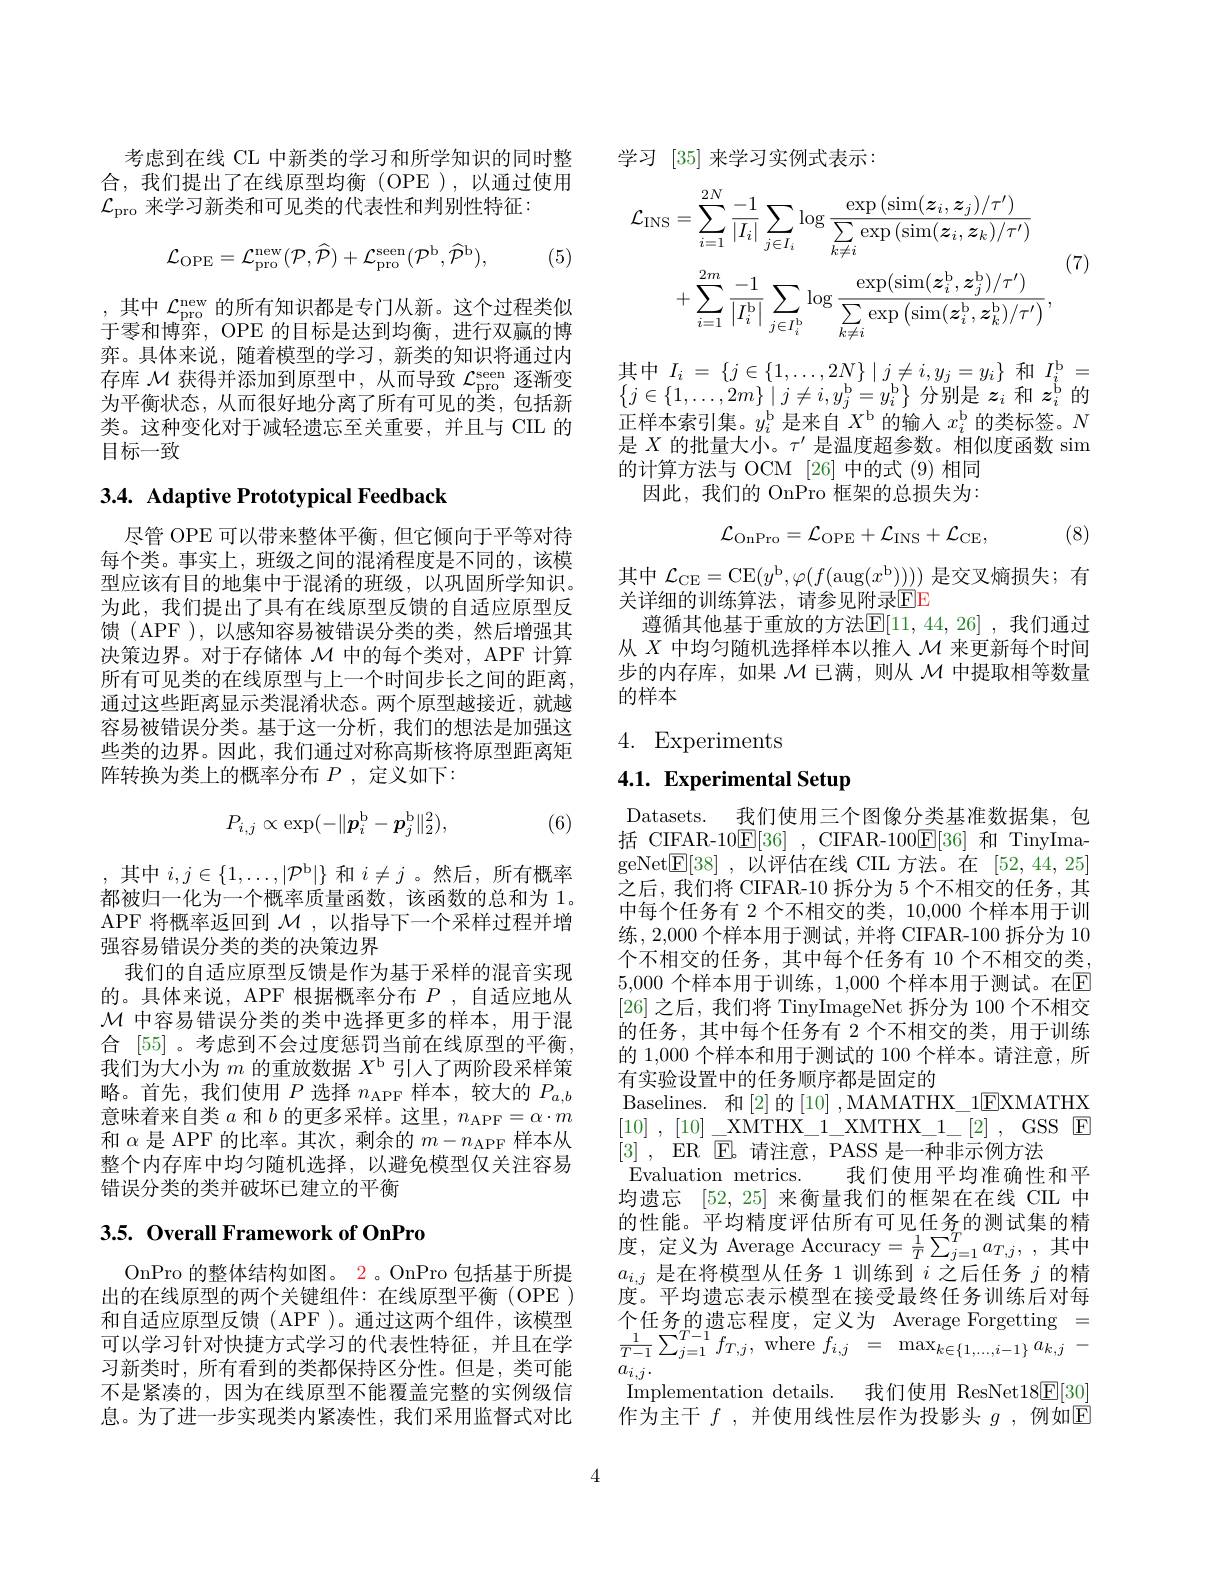
考虑到在线 CL 中新类的学习和所学知识的同时整合，我们提出了在线原型均衡(OPE),以通过使用$\mathcal{L}_{\mathrm{pro}}$来学习新类和可见类的代表性和判别性特征：
$$\mathcal{L}_{\mathrm{OPE}}=\mathcal{L}_{\mathrm{pro}}^{\mathrm{new}}(\mathcal{P},\widehat{\mathcal{P}})+\mathcal{L}_{\mathrm{pro}}^{\mathrm{seen}}(\mathcal{P}^{\mathrm{b}},\widehat{\mathcal{P}}^{\mathrm{b}}),$$
(5)

,其中 $\mathcal{L}_\mathrm{pro}^\mathrm{new}$ 的所有知识都是专门从新。这个过程类似于零和博弈，OPE 的目标是达到均衡，进行双赢的博弈。具体来说，随着模型的学习，新类的知识将通过内存库$\mathcal{M}$获得并添加到原型中，从而导致$\mathcal{L}_\mathrm{pro}^\mathrm{seen}$逐渐变为平衡状态，从而很好地分离了所有可见的类，包括新类。这种变化对于减轻遗忘至关重要，并且与 CIL 的目标一致

## 3.4. Adaptive Prototypical Feedback

尽管 OPE 可以带来整体平衡，但它倾向于平等对待每个类。事实上，班级之间的混淆程度是不同的，该模型应该有目的地集中于混淆的班级，以巩固所学知识。为此，我们提出了具有在线原型反馈的自适应原型反馈 (APF ),以感知容易被错误分类的类，然后增强其决策边界。对于存储体$\mathcal{M}$中的每个类对，APF 计算所有可见类的在线原型与上一个时间步长之间的距离， 通过这些距离显示类混淆状态。两个原型越接近，就越容易被错误分类。基于这一分析，我们的想法是加强这些类的边界。因此，我们通过对称高斯核将原型距离矩阵转换为类上的概率分布$P$ ,定义如下：

(6)
$$P_{i,j}\propto\exp(-\|\boldsymbol{p}_i^\mathrm{b}-\boldsymbol{p}_j^\mathrm{b}\|_2^2),$$
,其中$i,j\in\{1,\ldots,|\mathcal{P}^{\mathrm{b}}|\}$和$i\neq j$ 。然后，所有概率都被归一化为一个概率质量函数，该函数的总和为 1。APF 将概率返回到 $\mathcal{M}$,以指导下一个采样过程并增强容易错误分类的类的决策边界
我们的自适应原型反馈是作为基于采样的混音实现的。具体来说，APF 根据概率分布$P$ ,自适应地从$\mathcal{M}$中容易错误分类的类中选择更多的样本，用于混合 [55] 。考虑到不会过度惩罚当前在线原型的平衡， 我们为大小为$m$的重放数据$X^\mathrm{b}$引人了两阶段采样策略。首先，我们使用$P$选择 $n_\mathrm{APF}$ 样本，较大的 $P_a,b$ 意味着来自类$a$和$b$的更多采样。这里，$n_\mathrm{APF}=\alpha\cdot m$ 和$\alpha$是 APF 的比率。其次，剩余的$m-n_\mathrm{APF}$样本从整个内存库中均匀随机选择，以避免模型仅关注容易错误分类的类并破坏已建立的平衡

## 3.5. Overall Framework of OnPro

OnPro 的整体结构如图。2。OnPro 包括基于所提出的在线原型的两个关键组件：在线原型平衡 (OPE ) 和自适应原型反馈(APF)。通过这两个组件，该模型可以学习针对快捷方式学习的代表性特征，并且在学习新类时，所有看到的类都保持区分性。但是，类可能不是紧凑的，因为在线原型不能覆盖完整的实例级信息。为了进一步实现类内紧凑性，我们采用监督式对比

学习[35]来学习实例式表示：

(7)
$$\begin{aligned}\mathcal{L}_{\mathrm{INS}}&=\sum_{i=1}^{2N}\frac{-1}{|I_{i}|}\sum_{j\in I_{i}}\log\frac{\exp\left(\sin(\boldsymbol{z}_{i},\boldsymbol{z}_{j})/\tau^{\prime}\right)}{\sum_{k\neq i}\exp\left(\sin(\boldsymbol{z}_{i},\boldsymbol{z}_{k})/\tau^{\prime}\right)}\\&+\sum_{i=1}^{2m}\frac{-1}{\left|I_{i}^{\mathrm{b}}\right|}\sum_{j\in I_{i}^{\mathrm{b}}}\log\frac{\exp(\sin(\boldsymbol{z}_{i}^{\mathrm{b}},\boldsymbol{z}_{j}^{\mathrm{b}})/\tau^{\prime})}{\sum_{k\neq i}\exp\left(\sin(\boldsymbol{z}_{i}^{\mathrm{b}},\boldsymbol{z}_{k}^{\mathrm{b}})/\tau^{\prime}\right)},\end{aligned}$$
其中$I_i=\{j\in\{1,\ldots,2N\}\mid j\neq i,y_j=y_i\}$和$I_i^\mathrm{b}=$ $\{j\in\{1,\ldots,2m\}\mid j\neq i,y_{j}^{\mathrm{b}}=y_{i}^{\mathrm{b}}\}$分别是$z_i$和$z_i^\mathrm{b}$的正样本索引集。$y_i^\mathrm{b}$是来自$X^\mathrm{b}$的输入$x_i^\mathrm{b}$的类标签。$N$ 是$X$的批量大小。$\tau^\prime$是温度超参数。相似度函数 sim 的计算方法与 OCM [26] 中的式 (9) 相同
因此，我们的 OnPro 框架的总损失为：
$$\mathcal{L}_{\mathrm{OnPro}}=\mathcal{L}_{\mathrm{OPE}}+\mathcal{L}_{\mathrm{INS}}+\mathcal{L}_{\mathrm{CE}},$$
(8)
$$\mathcal{L}_{\mathrm{CE}}=\mathrm{CE}(y^{\mathrm{b}},\varphi(f(\mathrm{aug}(x^{\mathrm{b}}))))$$
关详细的训练算法，请参见附录$\color{red}{\mathrm{EE}}$

遵循其他基于重放的方法$\mathbb{E}[11,44,26]$ ,我们通过从$X$中均匀随机选择样本以推入$\mathcal{M}$来更新每个时间步的内存库，如果$\mathcal{M}$已满，则从$\mathcal{M}$中提取相等数量的样本

4. Experiments

# 4.1. Experimental Setup

Datasets. 我们使用三个图像分类基准数据集，包括 CIFAR-10$\mathbb{E}[36]$, CIFAR-100$\mathbb{E}[36]$和 TinyImageNet$\underline {\mathrm{E} }[ 38]$ , 以评估在线 CIL 方法。在 [52,44,25] 之后，我们将 CIFAR-10 拆分为 5 个不相交的任务，其中每个任务有 2 个不相交的类，10,000 个样本用于训练，2,000 个样本用于测试，并将 CIFAR-100 拆分为 10个不相交的任务，其中每个任务有 10 个不相交的类， 5,000 个样本用于训练，1,000 个样本用于测试。在$\mathbb{E}$ [26]之后，我们将 TinyImageNet 拆分为 100 个不相交的任务，其中每个任务有 2 个不相交的类，用于训练的 1,000 个样本和用于测试的 100 个样本。请注意，所有实验设置中的任务顺序都是固定的
Baselines. 和[2]的[10] ,MAMATHX\_1EXMATHX $[10]~,~[10]~\_XMTHX\_1\_XMTHX\_1\_[2]~,~GSS~E$ [3],ER E。请注意，PASS 是一种非示例方法
Evaluation metrics.
我们使用平均准确性和平
均遗忘[52,25]来衡量我们的框架在在线 CIL 中的性能。平均精度评估所有可见任务的测试集的精度，定义为 Average Accuracy$=\frac1T\sum_{j=1}^{T}a_{T,j}$,其中$a_{i,j}$是在将模型从任务 1 训练到$i$之后任务$j$的精度。平均遗忘表示模型在接受最终任务训练后对每$\begin{array}{rcl}\text{个任务的遗忘程度，定义为}&\text{Average Forgetting}&=\\\frac{1}{T-1}\sum_{j=1}^{T-1}f_{T,j},\mathrm{~where~}f_{i,j}&=&\max_{k\in\{1,\ldots,i-1\}}a_{k,j}&-\\a_{i,i}&=&\max_{k\in\{1,\ldots,i-1\}}a_{k,j}&-\end{array}$ $a_{i,j}.$
Implementation details. 我们使用 ResNet$18\underline{\mathrm{E}}[30]$ 作为主干 $f$ ,并使用线性层作为投影头 $g$ ,例如$\overline{\mathbb{E}}$

4